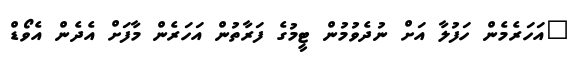
"އަހަރެމެން ހަފުލާ އަށް ނުދެވުމުން ޓީމުގެ ފަރާތުން އަހަރެން މާފަށް އެދެން އެވޯޑް